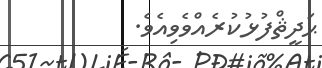
ޙަދީޘްފުޅުކުރެއްވެވިއެވެ.